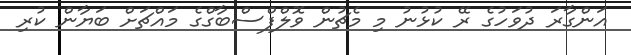
އަންގާރަ ދުވަހުގެ ރޭ ކުޅުނު މި މެޗުން ވޮލްފްސްބާގްގެ މައްޗަށް ބަޔާން ކުރި